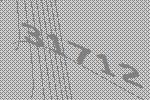
31712